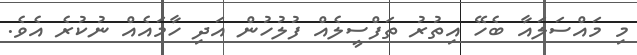
މި މައްސަލައާ ބެހޭ އިތުރު ތަފްސީލެއް ފުލުހުން އަދި ހާމައެއް ނުކުރެ އެވެ.